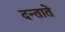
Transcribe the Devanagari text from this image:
दन्ताते